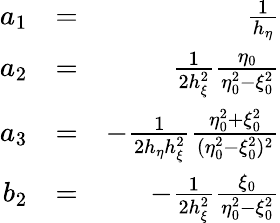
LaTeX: \begin{array}{rlr}{a_{1}}&{=}&{\frac{1}{h_{\eta}}}\\ {a_{2}}&{=}&{\frac{1}{2h_{\xi}^{2}}\frac{\eta_{0}}{\eta_{0}^{2}-\xi_{0}^{2}}}\\ {a_{3}}&{=}&{-\frac{1}{2h_{\eta}h_{\xi}^{2}}\frac{\eta_{0}^{2}+\xi_{0}^{2}}{(\eta_{0}^{2}-\xi_{0}^{2})^{2}}}\\ {b_{2}}&{=}&{-\frac{1}{2h_{\xi}^{2}}\frac{\xi_{0}}{\eta_{0}^{2}-\xi_{0}^{2}}}\end{array}